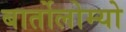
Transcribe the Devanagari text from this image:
बार्तोलोम्यो